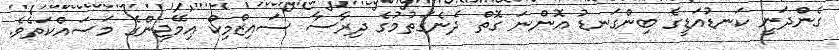
ގެންދަނީ ކަނޑުއަޑީގެ ބިންގަނޑު އޮންނަ ގޮތް ދެނެގަތުމުގެ ދިރާސާ ސައިޒްމިކް އިމޭޖިންގެ މަސައްކަތެވެ.